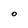
Character: O